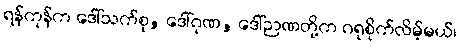
ရန်ကုန်က ဒေါ်သက်စု, ဒေါ်ဂုဏ, ဒေါ်ဉာဏတို့က ဂရုစိုက်လိမ့်မယ်၊